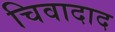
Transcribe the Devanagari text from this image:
चिवादाद